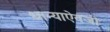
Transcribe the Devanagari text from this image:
धान्याऐवजी